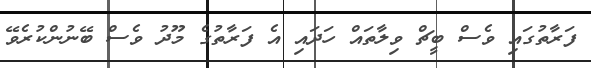
ފަރާތުގައި ވެސް ބީޗް ވިލާތައް ހަދައި އެ ފަރާތުގެ މޫދު ވެސް ބޭނުންކުރެވޭ